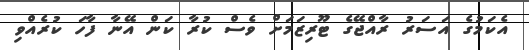
އެކަމުގެ އަސަރު ރާއްޖޭގެ ޓޫރިޒަމަށް ވެސް ކުރާ ކަން އޭނާ ފާހަ ކުރެއްވި